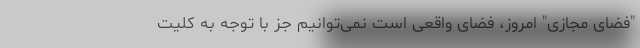
"فضای مجازی" امروز، فضای واقعی است نمی‌توانیم جز با توجه به کلیت